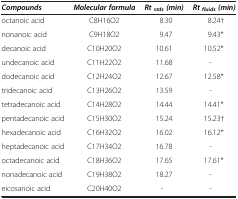
<table><thead><tr><td><b><i>Compounds</i></b></td><td><b><i>Molecular formula</i></b></td><td><b><i>Rt</i><sub><i>stds</i></sub><i>(min)</i></b></td><td><b><i>Rt</i><sub><i>fluids</i></sub><i>(min)</i></b></td></tr></thead><tbody><tr><td>octanoic acid</td><td>C8H16O2</td><td>8.30</td><td>8.24†</td></tr><tr><td>nonanoic acid</td><td>C9H18O2</td><td>9.47</td><td>9.43*</td></tr><tr><td>decanoic acid</td><td>C10H20O2</td><td>10.61</td><td>10.52*</td></tr><tr><td>undecanoic acid</td><td>C11H22O2</td><td>11.68</td><td>-</td></tr><tr><td>dodecanoic acid</td><td>C12H24O2</td><td>12.67</td><td>12.58*</td></tr><tr><td>tridecanoic acid</td><td>C13H26O2</td><td>13.59</td><td>-</td></tr><tr><td>tetradecanoic acid</td><td>C14H28O2</td><td>14.44</td><td>14.41*</td></tr><tr><td>pentadecanoic acid</td><td>C15H30O2</td><td>15.24</td><td>15.23†</td></tr><tr><td>hexadecanoic acid</td><td>C16H32O2</td><td>16.02</td><td>16.12*</td></tr><tr><td>heptadecanoic acid</td><td>C17H34O2</td><td>16.78</td><td>-</td></tr><tr><td>octadecanoic acid</td><td>C18H36O2</td><td>17.65</td><td>17.61*</td></tr><tr><td>nonadecanoic acid</td><td>C19H38O2</td><td>18.27</td><td>-</td></tr><tr><td>eicosanoic acid</td><td>C20H40O2</td><td>-</td><td>-</td></tr></tbody></table>